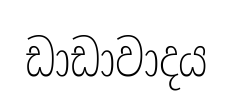
ඩාඩාවාදය